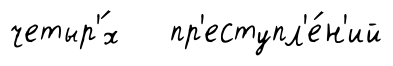
четыр'́х пр'еступл'е́н'ий